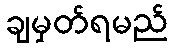
ချမှတ်ရမည်